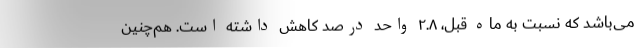
می‌باشد که نسبت به ماه قبل، ٢.٨ واحد درصد کاهش داشته است. هم‌چنین